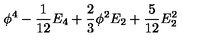
\phi ^ { 4 } - { \frac { 1 } { 1 2 } } E _ { 4 } + { \frac { 2 } { 3 } } \phi ^ { 2 } E _ { 2 } + { \frac { 5 } { 1 2 } } E _ { 2 } ^ { 2 }